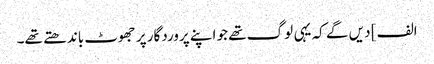
الف] دیں گے کہ یہی لوگ تھے جو اپنے پروردگار پر جھوٹ باندھتے تھے۔